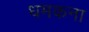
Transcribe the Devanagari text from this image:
धमकना